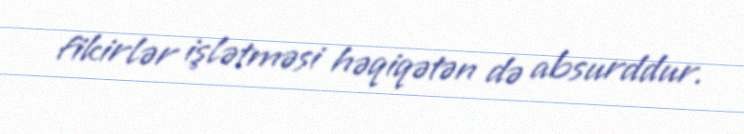
fikirlər işlətməsi həqiqətən də absurddur.